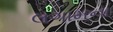
લગામના